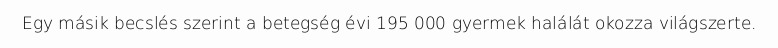
Egy másik becslés szerint a betegség évi 195 000 gyermek halálát okozza világszerte.